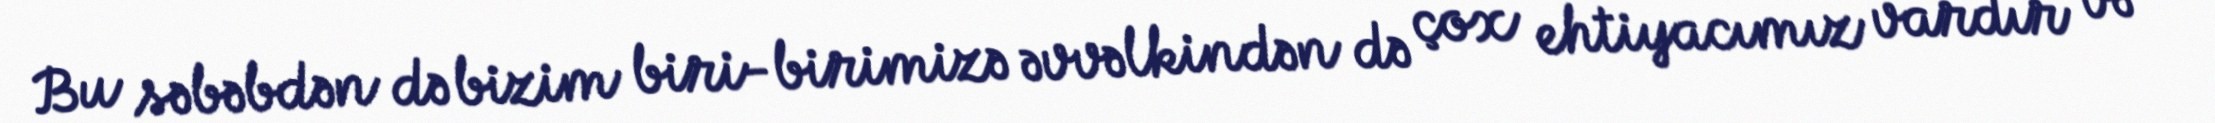
Bu səbəbdən də bizim biri-birimizə əvvəlkindən də çox ehtiyacımız vardır və